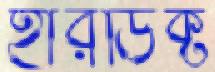
হারডিক্ট